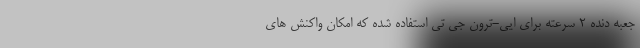
جعبه دنده 2 سرعته برای ایی-ترون جی تی استفاده شده که امکان واکنش های